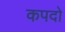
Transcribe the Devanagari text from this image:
कपदो